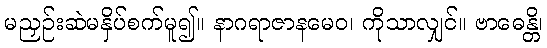
မညှဉ်းဆဲမနှိပ်စက်မူ၍။ နာဂရာဇာနမေဝ၊ ကိုသာလျှင်။ ဗာဓေန္တိ၊